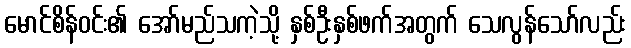
မောင်စိန်ဝင်း၏ အော်မည်သကဲ့သို့ နှစ်ဦးနှစ်ဖက်အတွက် သေလွန်သော်လည်း